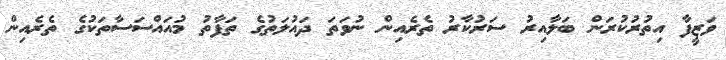
ވަޒީފާ އިތުރުކުރަން ބަލާއިރު ސަރުކާރު ތެރެއިން ނުވަތަ ދައުލަތުގެ ތަފާތު މުއައްސަސާތަކުގެ ތެރެއިން